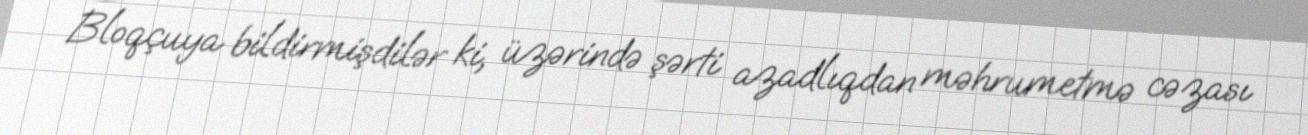
Bloqçuya bildirmişdilər ki, üzərində şərti azadlıqdan məhrumetmə cəzası